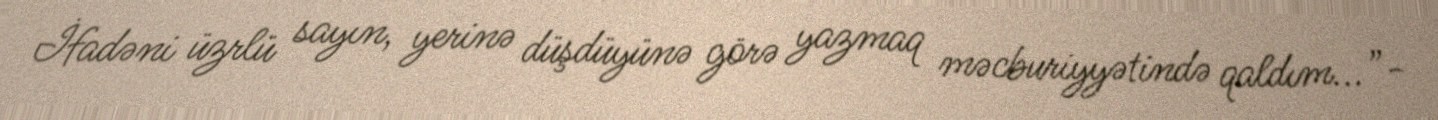
İfadəni üzrlü sayın, yerinə düşdüyünə görə yazmaq məcburiyyətində qaldım...”-